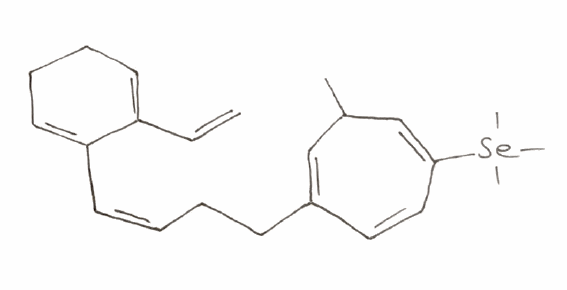
Simplified molecular-input line-entry system (SMILES) notation of the given molecule:
CC1C=C(C=CC(=C1)[Se](C)(C)C)CC/C=C\C2=CCCC=C2C=C